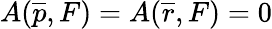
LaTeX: A(\overline{{{p}}},F)=A(\overline{{{r}}},F)=0